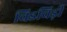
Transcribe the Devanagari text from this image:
चिडचिड़ी